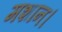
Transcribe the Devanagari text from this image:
मशान।